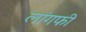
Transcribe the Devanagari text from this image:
लांगफी